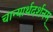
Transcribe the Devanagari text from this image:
चान्यार्थदर्शनम्